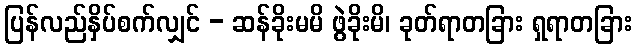
ပြန်လည်နှိပ်စက်လျှင် - ဆန်ခိုးမမိ ဖွဲခိုးမိ၊ ခုတ်ရာတခြား ရှရာတခြား